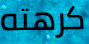
كرهته